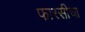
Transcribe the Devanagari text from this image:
फारसीचा